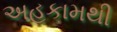
અહકામથી